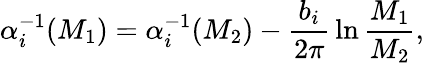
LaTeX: \alpha_{i}^{-1}(M_{1})=\alpha_{i}^{-1}(M_{2})-{\frac{b_{i}}{2\pi}}\ln{\frac{M_{1}}{M_{2}}},